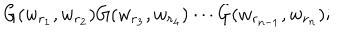
LaTeX: G ( w _ { r _ { 1 } } , w _ { r _ { 2 } } ) G ( w _ { r _ { 3 } } , w _ { r _ { 4 } } ) \cdots G ( w _ { r _ { n - 1 } } , w _ { r _ { n } } ) ;